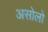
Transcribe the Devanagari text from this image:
असोलो